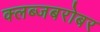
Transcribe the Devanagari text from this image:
क्लब्जबरोबर